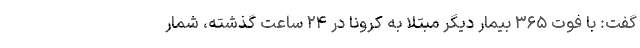
گفت: با فوت ۳۶۵ بیمار دیگر مبتلا به کرونا در ۲۴ ساعت گذشته، شمار